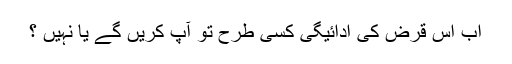
اب اس قرض کی ادائیگی کسی طرح تو آپ کریں گے یا نہیں ؟